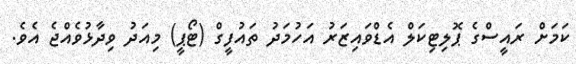
ކަމަށް ރައީސްގެ ޕޮލިޓިކަލް އެޑްވައިޒަރު އަހުމަދު ތައުފީގް (ޓޯޕީ) މިއަދު ވިދާޅުވެއްޖެ އެވެ.